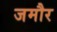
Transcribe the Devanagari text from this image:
जमौर